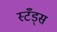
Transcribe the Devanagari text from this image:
स्टँड्स